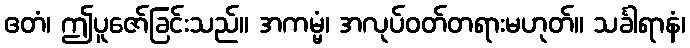
ဧတံ၊ ဤပူဇော်ခြင်းသည်။ အကမ္မံ၊ အလုပ်ဝတ်တရားမဟုတ်။ သင်္ခါရာနံ၊